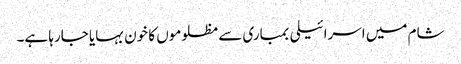
شام میں اسرائیلی بمباری سے مظلوموں کا خون بہایا جارہا ہے۔